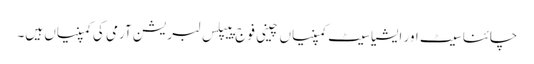
چائنا سیٹ اور ایشیا سیٹ کمپنیاں چینی فوج پیپلس لبریشن آرمی کی کمپنیاں ہیں۔